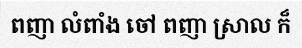
ពញា លំពាំង ចៅ ពញា ស្រាល ក៏